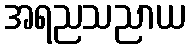
အရညသညာယ